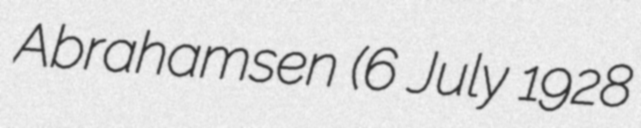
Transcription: Abrahamsen (6 July 1928